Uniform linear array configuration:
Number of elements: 32
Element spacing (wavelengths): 1
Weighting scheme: uniform
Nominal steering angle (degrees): -15
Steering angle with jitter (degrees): -16.823
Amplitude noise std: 0.05
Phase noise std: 0.05

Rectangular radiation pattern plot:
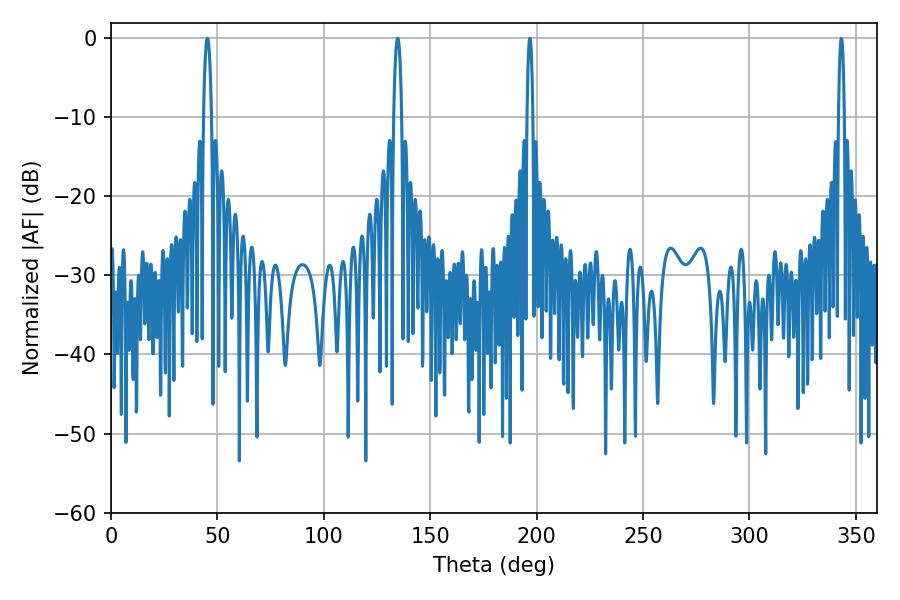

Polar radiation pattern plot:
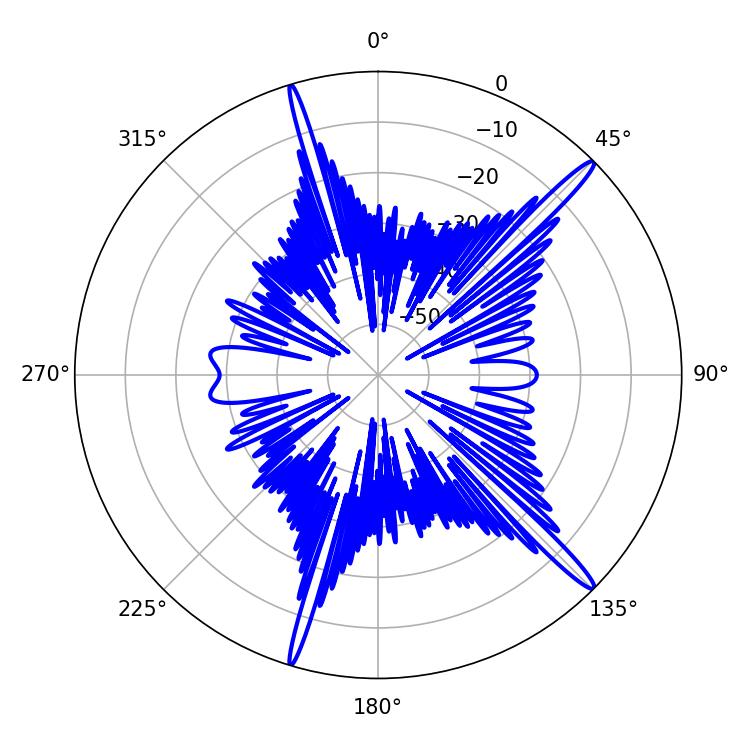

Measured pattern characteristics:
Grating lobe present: TRUE
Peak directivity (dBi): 16.621
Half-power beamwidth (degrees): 1.98
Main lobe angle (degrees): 45.36